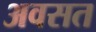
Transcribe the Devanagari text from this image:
अवसत